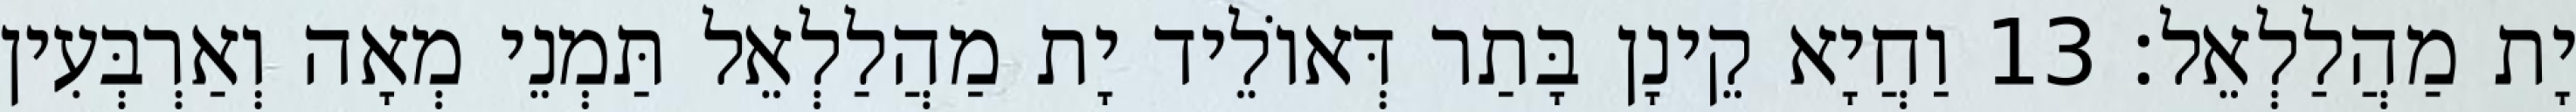
יָת מַהֲלַלְאֵל׃ 13 וַחֲיָא קֵינָן בָּתַר דְּאוֹלֵיד יָת מַהֲלַלְאֵל תַּמְנֵי מְאָה וְאַרְבְּעִין